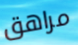
مراهق